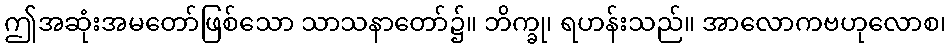
ဤအဆုံးအမတော်ဖြစ်သော သာသနာတော်၌။ ဘိက္ခု၊ ရဟန်းသည်။ အာလောကဗဟုလောစ၊